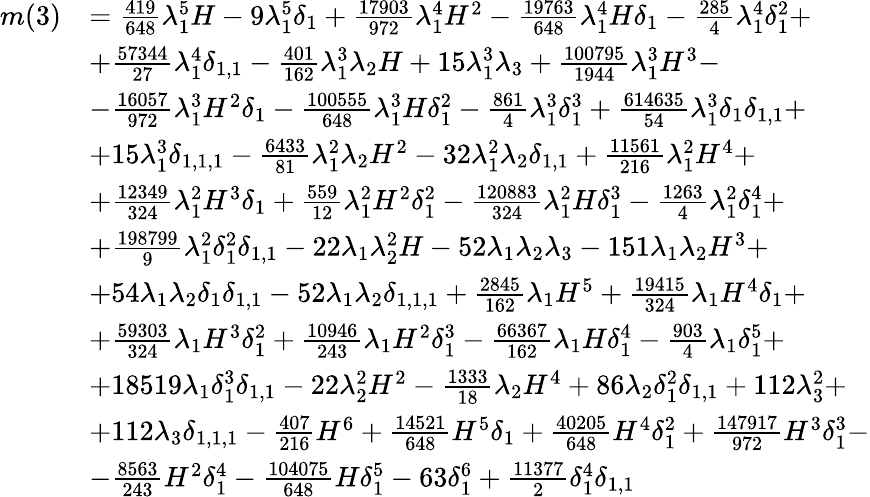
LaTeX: \begin{array}{rl}{m(3)}&{=\frac{419}{648}\lambda_{1}^{5}H-9\lambda_{1}^{5}\delta_{1}+\frac{17903}{972}\lambda_{1}^{4}H^{2}-\frac{19763}{648}\lambda_{1}^{4}H\delta_{1}-\frac{285}{4}\lambda_{1}^{4}\delta_{1}^{2}+}\\ &{+\frac{57344}{27}\lambda_{1}^{4}\delta_{1,1}-\frac{401}{162}\lambda_{1}^{3}\lambda_{2}H+15\lambda_{1}^{3}\lambda_{3}+\frac{100795}{1944}\lambda_{1}^{3}H^{3}-}\\ &{-\frac{16057}{972}\lambda_{1}^{3}H^{2}\delta_{1}-\frac{100555}{648}\lambda_{1}^{3}H\delta_{1}^{2}-\frac{861}{4}\lambda_{1}^{3}\delta_{1}^{3}+\frac{614635}{54}\lambda_{1}^{3}\delta_{1}\delta_{1,1}+}\\ &{+15\lambda_{1}^{3}\delta_{1,1,1}-\frac{6433}{81}\lambda_{1}^{2}\lambda_{2}H^{2}-32\lambda_{1}^{2}\lambda_{2}\delta_{1,1}+\frac{11561}{216}\lambda_{1}^{2}H^{4}+}\\ &{+\frac{12349}{324}\lambda_{1}^{2}H^{3}\delta_{1}+\frac{559}{12}\lambda_{1}^{2}H^{2}\delta_{1}^{2}-\frac{120883}{324}\lambda_{1}^{2}H\delta_{1}^{3}-\frac{1263}{4}\lambda_{1}^{2}\delta_{1}^{4}+}\\ &{+\frac{198799}{9}\lambda_{1}^{2}\delta_{1}^{2}\delta_{1,1}-22\lambda_{1}\lambda_{2}^{2}H-52\lambda_{1}\lambda_{2}\lambda_{3}-151\lambda_{1}\lambda_{2}H^{3}+}\\ &{+54\lambda_{1}\lambda_{2}\delta_{1}\delta_{1,1}-52\lambda_{1}\lambda_{2}\delta_{1,1,1}+\frac{2845}{162}\lambda_{1}H^{5}+\frac{19415}{324}\lambda_{1}H^{4}\delta_{1}+}\\ &{+\frac{59303}{324}\lambda_{1}H^{3}\delta_{1}^{2}+\frac{10946}{243}\lambda_{1}H^{2}\delta_{1}^{3}-\frac{66367}{162}\lambda_{1}H\delta_{1}^{4}-\frac{903}{4}\lambda_{1}\delta_{1}^{5}+}\\ &{+18519\lambda_{1}\delta_{1}^{3}\delta_{1,1}-22\lambda_{2}^{2}H^{2}-\frac{1333}{18}\lambda_{2}H^{4}+86\lambda_{2}\delta_{1}^{2}\delta_{1,1}+112\lambda_{3}^{2}+}\\ &{+112\lambda_{3}\delta_{1,1,1}-\frac{407}{216}H^{6}+\frac{14521}{648}H^{5}\delta_{1}+\frac{40205}{648}H^{4}\delta_{1}^{2}+\frac{147917}{972}H^{3}\delta_{1}^{3}-}\\ &{-\frac{8563}{243}H^{2}\delta_{1}^{4}-\frac{104075}{648}H\delta_{1}^{5}-63\delta_{1}^{6}+\frac{11377}{2}\delta_{1}^{4}\delta_{1,1}}\end{array}